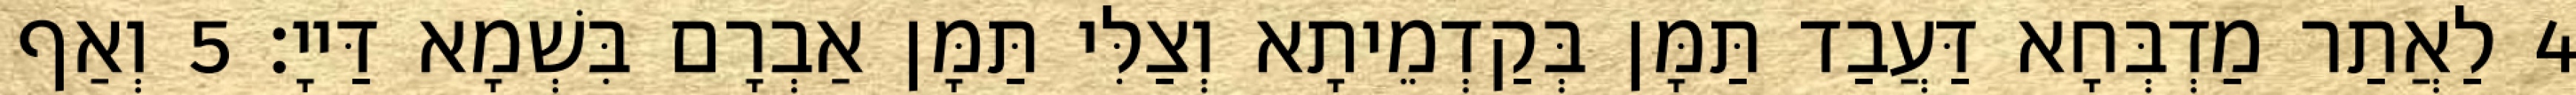
4 לַאֲתַר מַדְבְּחָא דַּעֲבַד תַּמָּן בְּקַדְמֵיתָא וְצַלִּי תַּמָּן אַבְרָם בִּשְׁמָא דַּייָ׃ 5 וְאַף